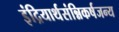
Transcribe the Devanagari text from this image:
इंद्रियार्थसंन्निकर्षजन्य